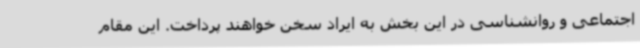
اجتماعی و روانشناسی در این بخش به ایراد سخن خواهند پرداخت. این مقام